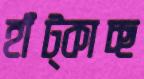
হাঁট্‌কাচ্ছ